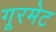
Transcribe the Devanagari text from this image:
गूरमेट